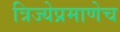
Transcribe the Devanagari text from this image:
त्रिज्येप्रमाणेच